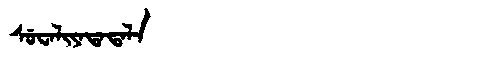
Manchu: ᠰᡠᠸᠠᠯᡳᠶᠠᡨᠠᡨᠠᠯᠠ
Romanization: SUWALIYATATALA